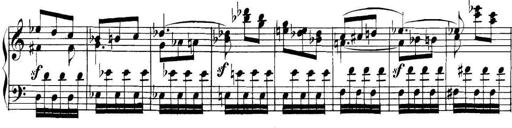
Title: Collected Piano Sonatas
Composer: Muzio Clementi